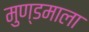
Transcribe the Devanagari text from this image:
मुण्डमाला